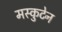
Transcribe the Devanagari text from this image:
मस्कुटेन